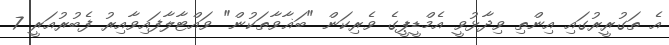
އެ ތަގުރީރުގައި އިންތި ވިދާޅުވީ އެމްޑީޕީގެ ވެރިކަން "ބަޣާވާތަކުން" ވައްޓާލާފައިވާއިރު ފެބުރުއަރީ 7